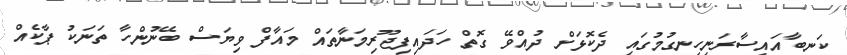
ކަނބާއައިސާރަނިހިނގުމުގައި ދެކޮޅަށް ދުއްވޭ ގޮތް ހަދައިފިޖޫރިމަނާތައް މައާފް ވިޔަސް ބޭނުންހާ ތަނަކު ޕާކެއް